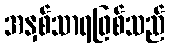
အနှစ်သာရဖြစ်သည်